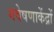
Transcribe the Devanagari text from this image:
गवेषणाकेंद्रों